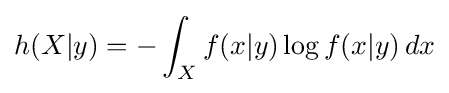
h(X|y)=-\int _{X}f(x|y)\log f(x|y)\,dx